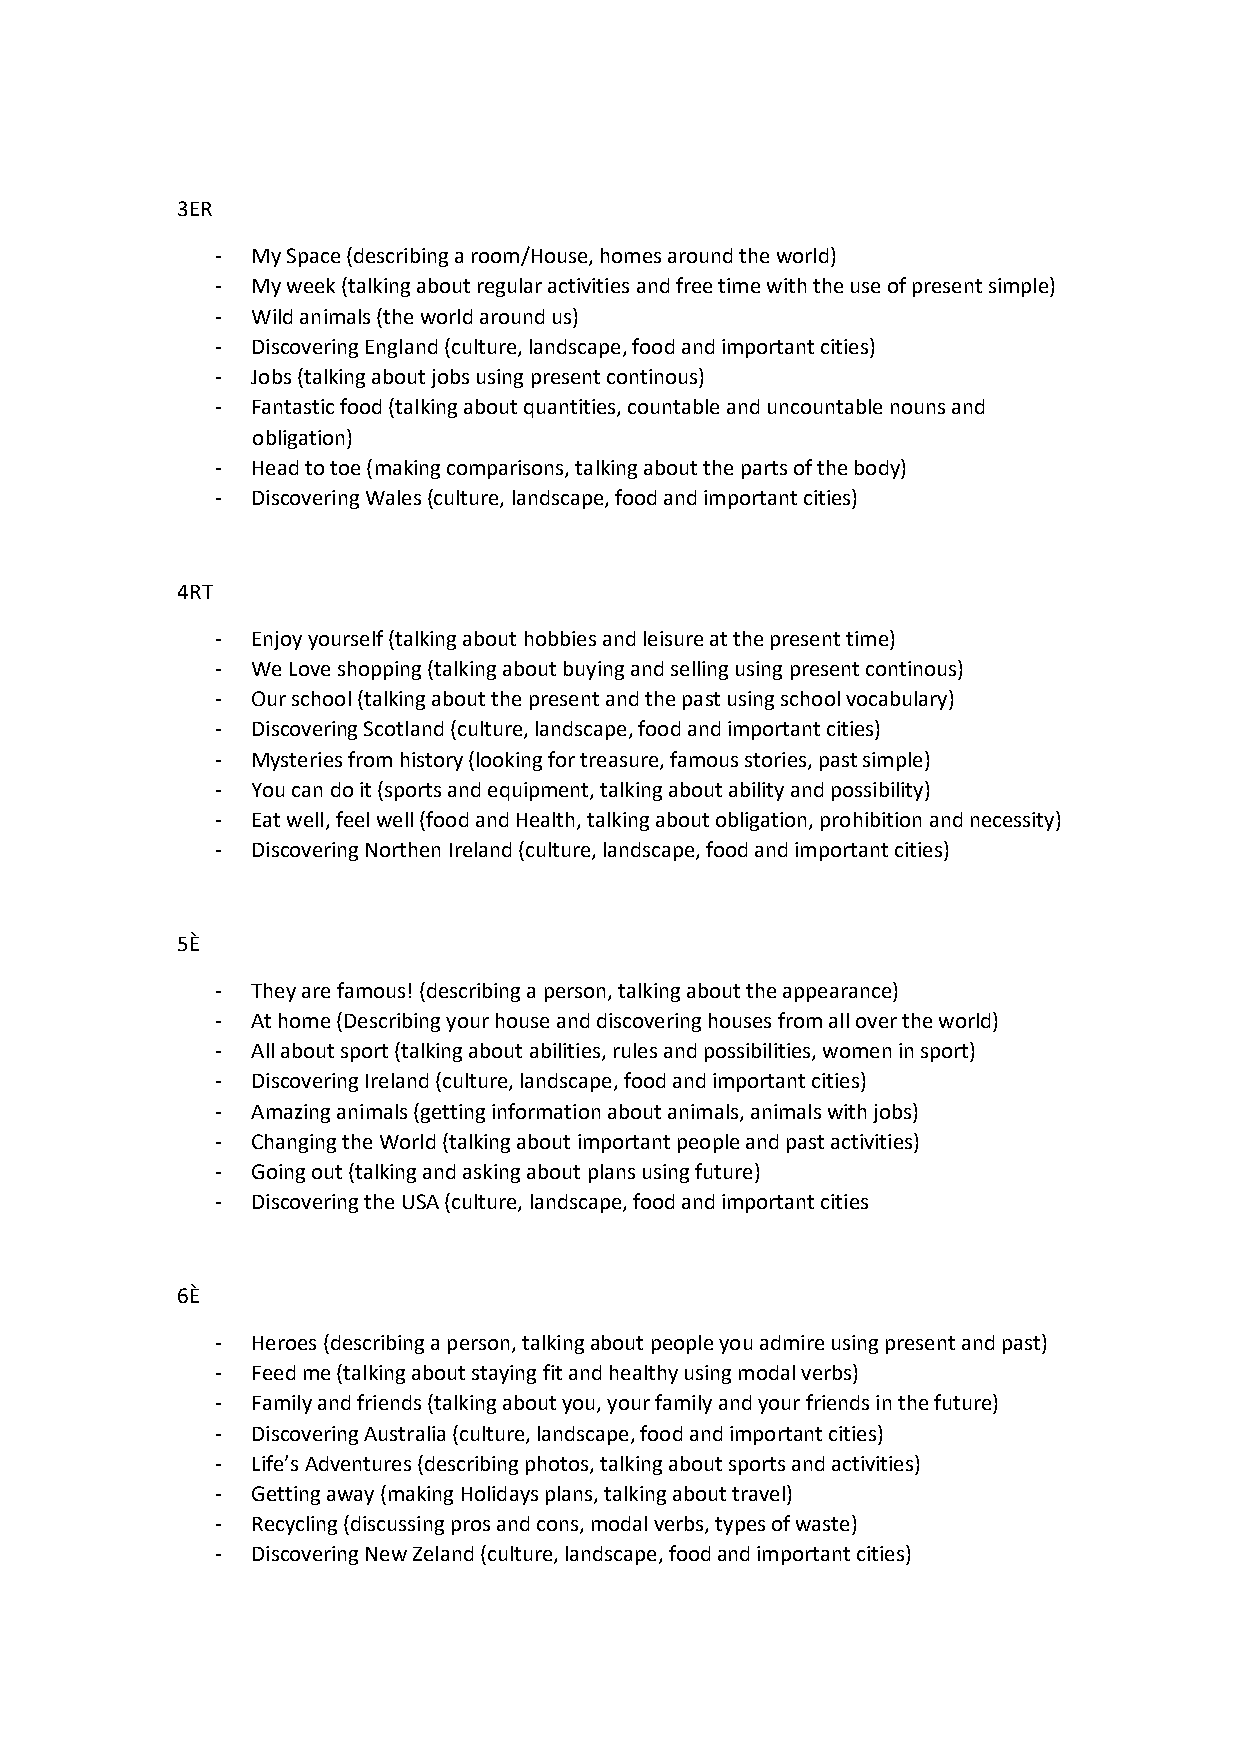
3ER
 -  My Space (describing a room/House, homes around the world)
 -  My week (talking about regular activities and free time with the use of present simple)
 -  Wild animals (the world around us)
 -  Discovering England (culture, landscape, food and important cities)
 -  Jobs (talking about jobs using present continous)
 -  Fantastic food (talking about quantities, countable and uncountable nouns and
 obligation)
 -  Head to toe (making comparisons, talking about the parts of the body)
 -  Discovering Wales (culture, landscape, food and important cities)
 4RT
 -  Enjoy yourself (talking about hobbies and leisure at the present time)
 -  We Love shopping (talking about buying and selling using present continous)
 -  Our school (talking about the present and the past using school vocabulary)
 -  Discovering Scotland (culture, landscape, food and important cities)
 -  Mysteries from history (looking for treasure, famous stories, past simple)
 -  You can do it (sports and equipment, talking about ability and possibility)
 -  Eat well, feel well (food and Health, talking about obligation, prohibition and necessity)
 -  Discovering Northen Ireland (culture, landscape, food and important cities)
 5È
 -  They are famous! (describing a person, talking about the appearance)
 -  At home (Describing your house and discovering houses from all over the world)
 -  All about sport (talking about abilities, rules and possibilities, women in sport)
 -  Discovering Ireland (culture, landscape, food and important cities)
 -  Amazing animals (getting information about animals, animals with jobs)
 -  Changing the World (talking about important people and past activities)
 -  Going out (talking and asking about plans using future)
 -  Discovering the USA (culture, landscape, food and important cities
 6È
 -  Heroes (describing a person, talking about people you admire using present and past)
 -  Feed me (talking about staying fit and healthy using modal verbs)
 -  Family and friends (talking about you, your family and your friends in the future)
 -  Discovering Australia (culture, landscape, food and important cities)
 -  Life’s Adventures (describing photos, talking about sports and activities)
 -  Getting away (making Holidays plans, talking about travel)
 -  Recycling (discussing pros and cons, modal verbs, types of waste)
 -  Discovering New Zeland (culture, landscape, food and important cities)